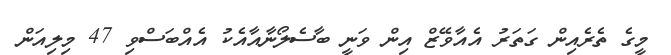
މީގެ ތެރެއިން ގަތަރު އެއާވޭޒް އިން ވަނީ ބާސެލޯނާއާއެކު އެއްބަސްވި 47 މިލިއަން